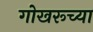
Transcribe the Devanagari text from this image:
गोखरूच्या